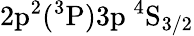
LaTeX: \mathrm{2p^{2}(^{3}P)3p~^{4}S_{3/2}}